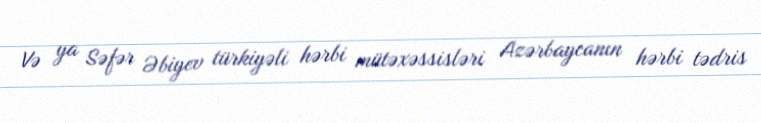
Və ya Səfər Əbiyev türkiyəli hərbi mütəxəssisləri Azərbaycanın hərbi tədris